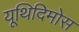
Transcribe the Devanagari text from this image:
यूथिदिमोस